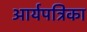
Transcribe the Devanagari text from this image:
आर्यपत्रिका